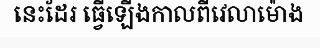
នេះដែរ ធ្វើឡើងកាលពីវេលាម៉ោង